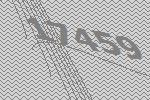
17459